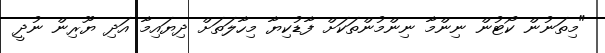
"މިތަނުން ކޯޓުން ނިންމާ ނިންމުންތަކަށް ފާޑުކިޔާ މިހާލަތަށް ދިޔައިމާ އަދި ޔޫރިން ނުދީ